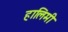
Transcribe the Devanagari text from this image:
हालिमी